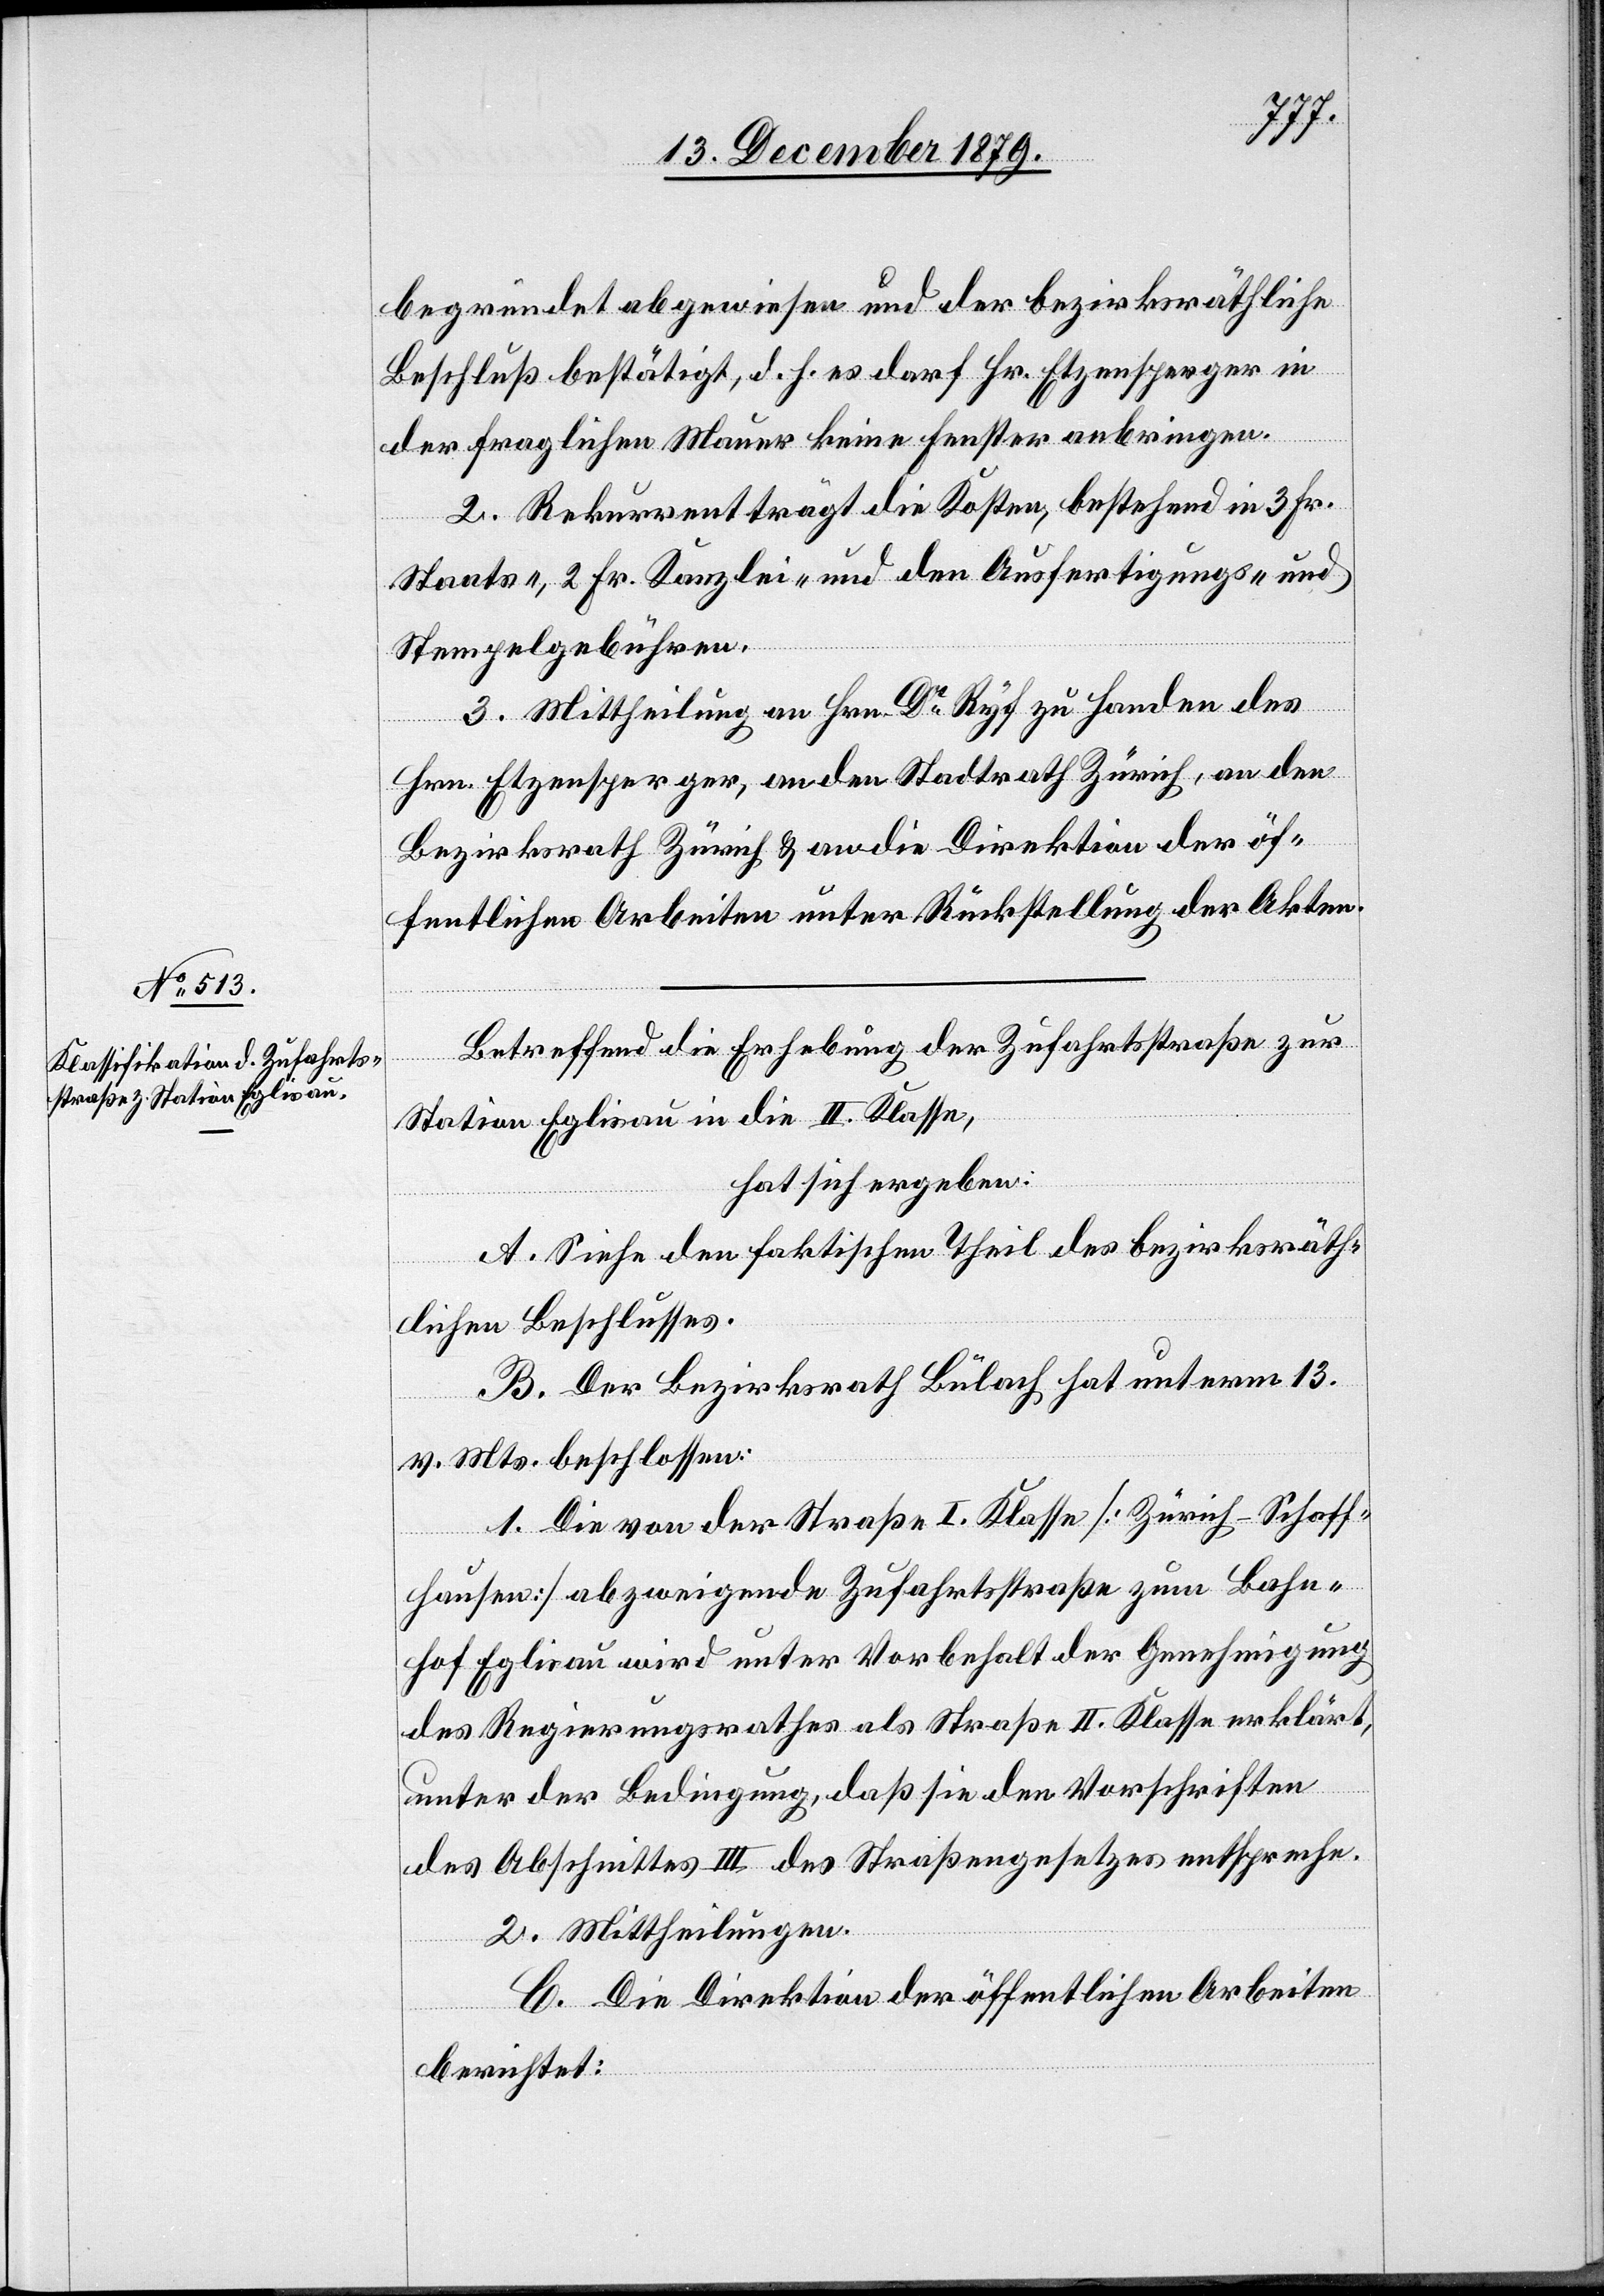
begründet abgewiesen und der bezirksräthliche
Beschluß bestätigt, d. h. es darf Hr. Etzensperger in
der fraglichen Mauer keine Fenster anbringen.
2. Rekurrent trägt die Kosten bestehend in 3 Fr.
Staats-, 2 Fr. Kanzlei- und den Ausfertigungs- und
Stempelgebühren.
3. Mittheilung an Hrn. Dr Ryf zu Handen des
Hrn. Etzensperger, an den Stadtrath Zürich, an den
Bezirksrath Zürich & an die Direktion der öf¬
fentlichen Arbeiten unter Rückstellung der Akten.
Betreffend die Erhebung der Zufahrtsstraße zur
Station Eglisau in die II. Klasse,
hat sich ergeben:
A. Siehe den faktischen Theil des bezirksräth¬
lichen Beschlusses.
B. Der Bezirksrath Bülach hat unterm 13.
v. Mts. beschlossen:
1. Die von der Straße I. Klasse [Zürich–Schaff¬
hausen] abzweigende Zufahrtstraße zum Bahn¬
hof Eglisau wird unter Vorbehalt der Genehmigung
des Regierungsrathes als Straße II. Klasse erklärt,
unter der Bedingung, daß sie den Vorschriften
des Abschnittes III des Straßengesetzes entspreche.
2. Mittheilungen.
C. Die Direktion der öffentlichen Arbeiten
berichtet: